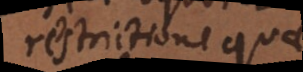
restrictione quae